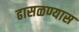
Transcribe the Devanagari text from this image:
ढासळण्यास